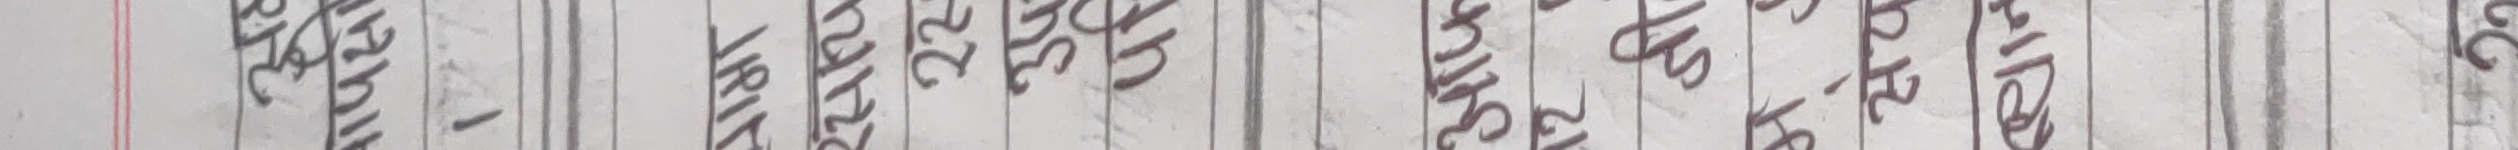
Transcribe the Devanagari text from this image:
मङ्गलवार २२ का चैत १६ गते मंगलवार २०७९ साल मंगलवार २०८० साल